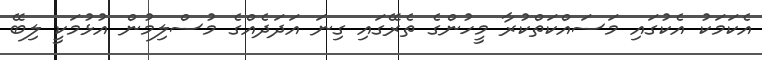
އެކަމަކު އެކުގައި މަސައްކަތްކުރާ މީހުންގެ ތެރޭގައި ގިނަ އަދަދެއްގެ މުސްލިމުން އުޅުމަކީ ލިބޭ